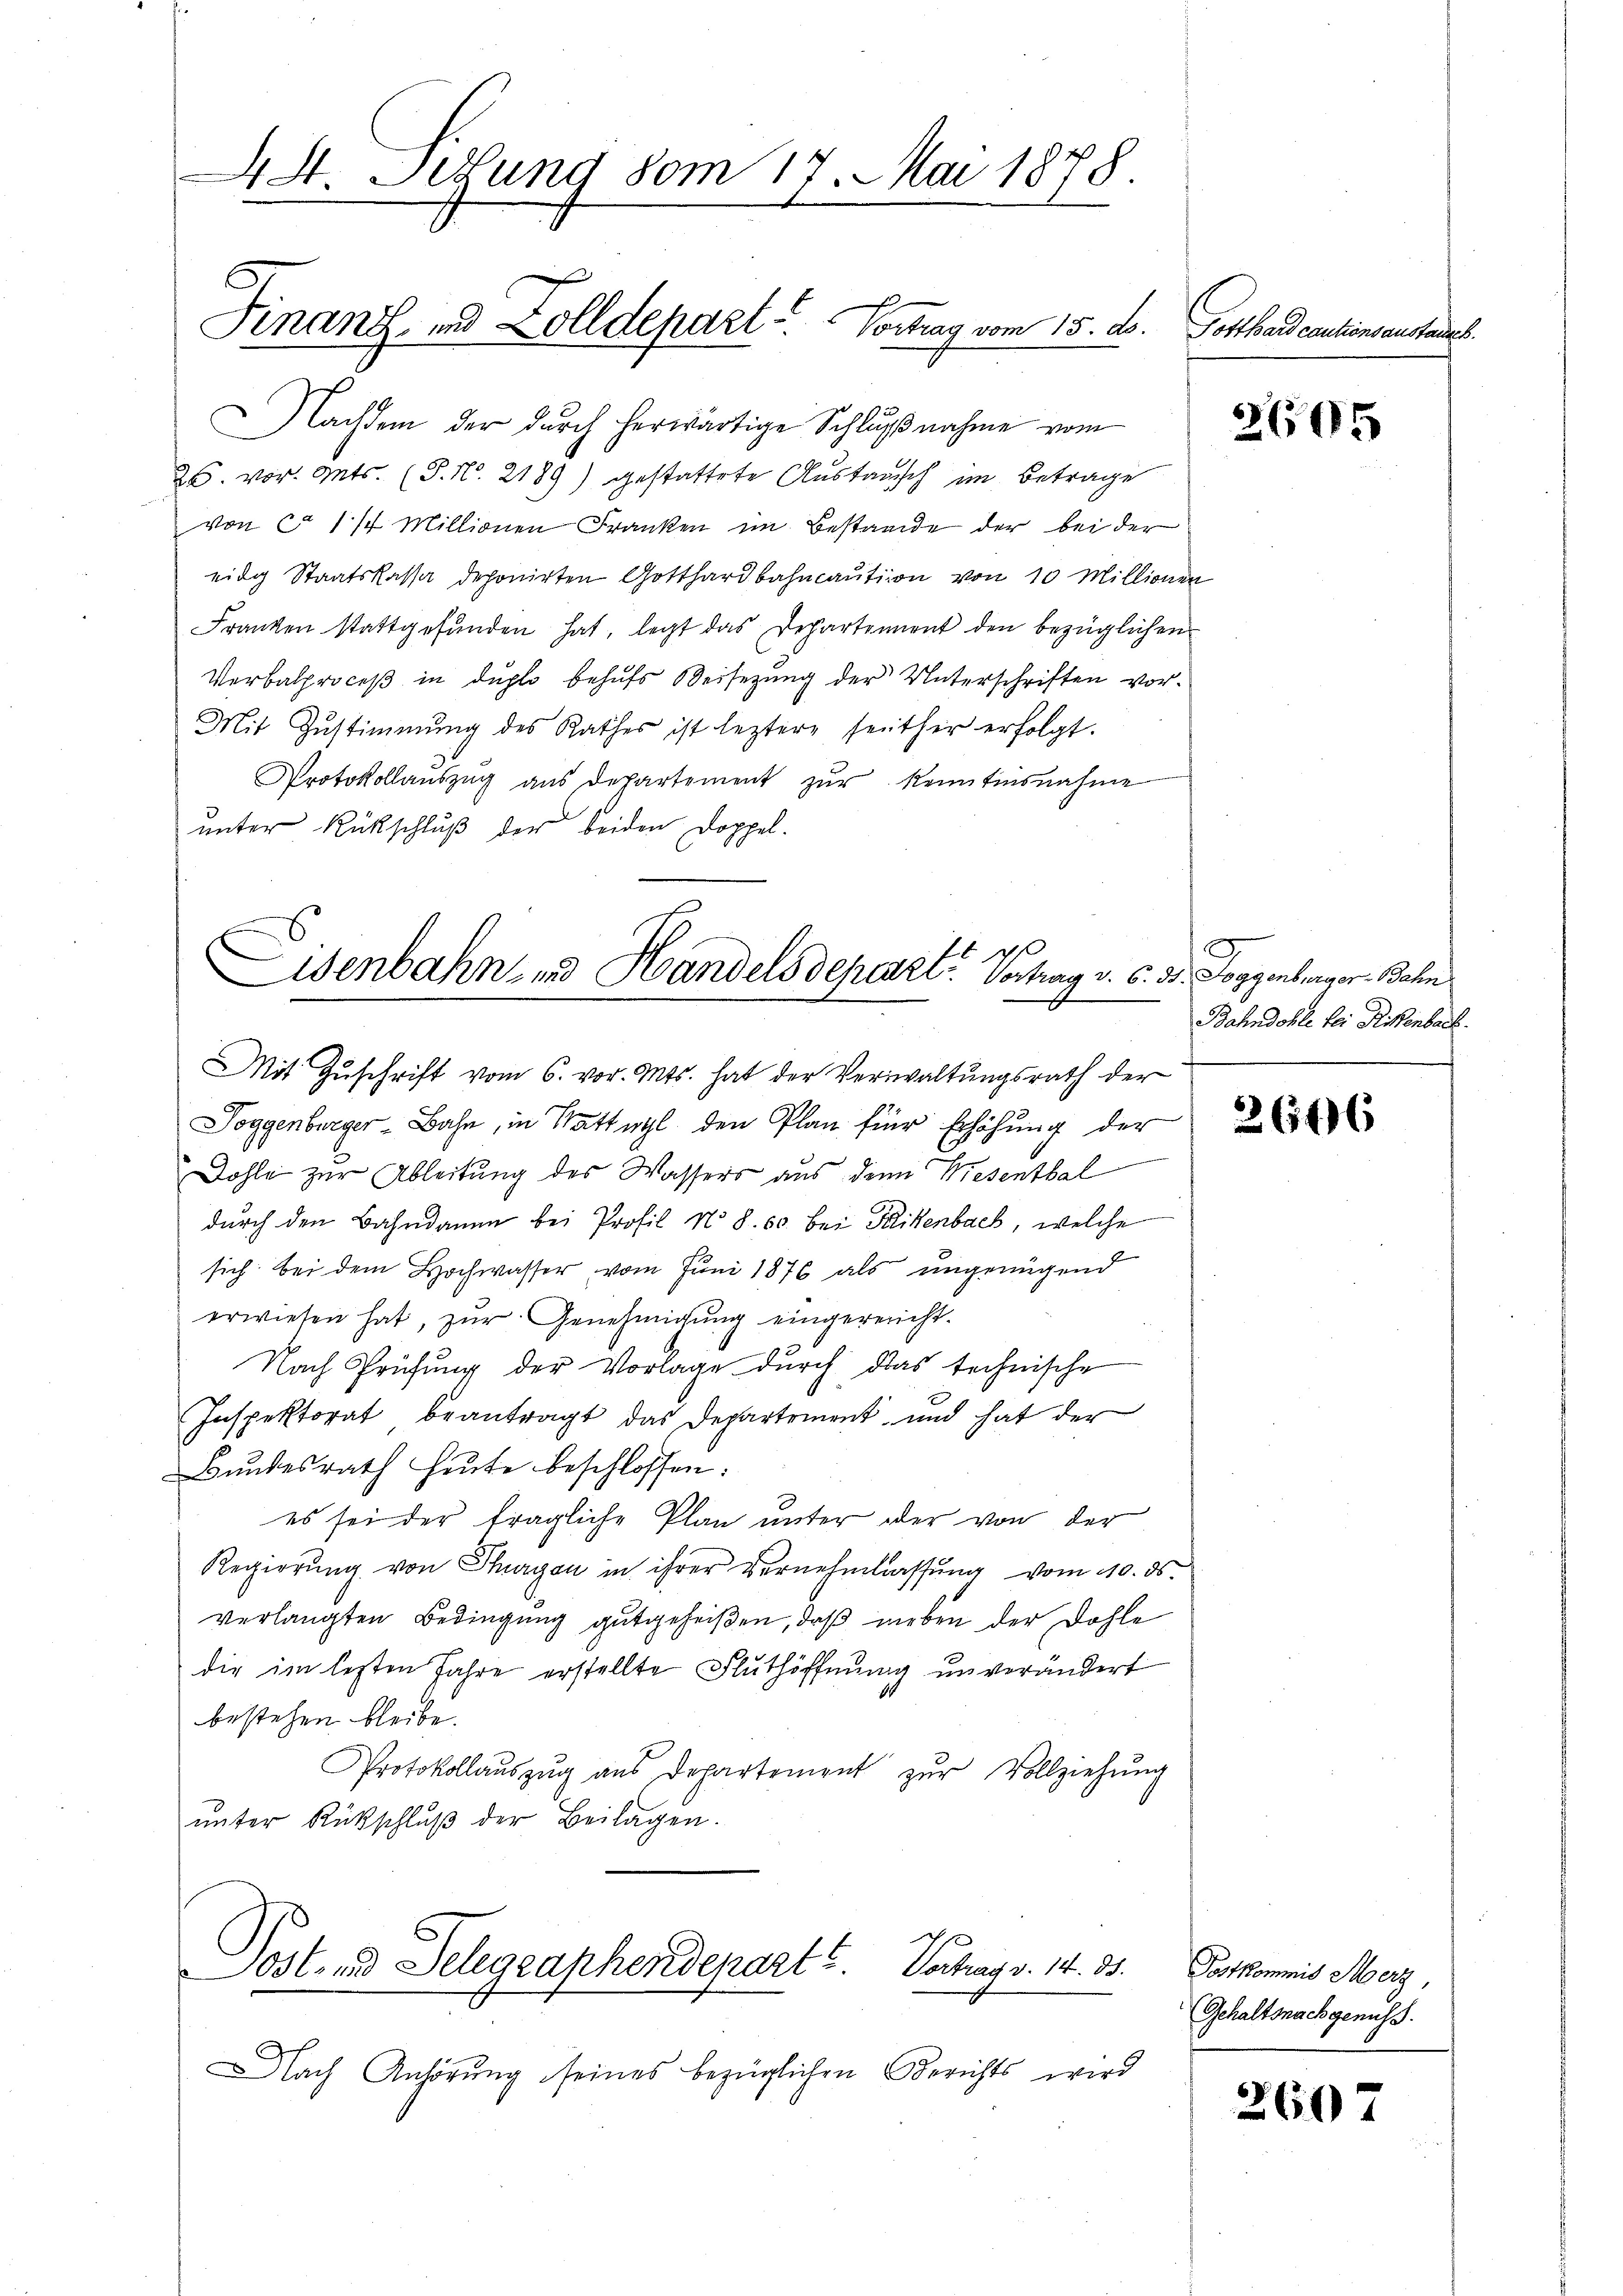
4St. Sitzung vom 17. Mai 1878.

Finanz- und Zolldepazl. Vontag vom 15. ds.

Nachdem der durch herwärtige Schlŭβnahme vom
26. vor. Mts. (T. N. 2189) gestattete Austausch im Betrage
von ca 1/4 Millionen Franken im Bestande der bei der
eidg Staatskassa deponirten Gotthardbahncaution von 10 Millionen
Franken stattgefŭnden hat, legt das Departement den bezüglichen
Verbalproceß in duplo behŭfs Beisezung der Unterschriften vor¬
Mit Zustimmung des Rathes ist leztere seither erfolgt.
Protokollaŭszŭg aŭs Departement zŭr Kenntinsnahme
unter Rückschluß der beiden Doppel¬

1
Eisenbahn- und Handelsdeperzt. Vortrag v. 6. 31. Joggenberger Bahn
Mit Zŭschrift vom 6. vor. Mts. hat der Verwaltŭngsrath der

Joggenburger-Bahn, in Wattwyl den Plan für Erhöhung der
Dohle zur Ableitung des Wassers aus den Wiesenthal
durch den Bahndamm bei Profil No 8. 60 bei Frikenbach, welche
sich bei dem Hochwasser vom Juni 1876 als ungenügend
erwiesen hat, zŭr Genehmigŭng eingereicht.
Nach Prüfung der Vorlage durch das technische
Inspektorat beantragt das Departement und hat der
Bundesrath heute beschlossen:
es sei der fragliche Plan unter oder von der
Regierung von Thurgau in ihrer Vernehmlassung vom 10. ds.
verlangten Bedingung gutgeheißen, daß neben der Dohle
die im lezten Jahre erstellte Fluthöffnung unverändert
bestehen bleibe.
Protokollaŭszŭg aŭs Departement zŭr Vollziehung
ŭnter Rückschlŭβ der Beilagen.

Lost- und Telegraphendepart u. Vortrag v. 14. 38.

Nach Anhörung seines bezüglichen Berichts wird

Gotthard cautionsanstan

2605

.
Bahndohle bei Rikenbach.

2646

Postkommis Merz,
Gehaltsnachgenuss.

260